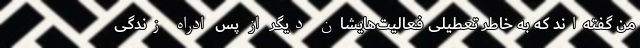
من گفته‌اند که به خاطر تعطیلی فعالیت‌هایشان دیگر از پس ادراه زندگی